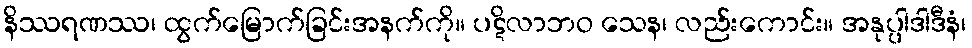
နိဿရဏဿ၊ ထွက်မြောက်ခြင်းအနက်ကို။ ပဋိလာဘဝ သေန၊ လည်းကောင်း။ အနုပ္ပါဒါဒီနံ၊